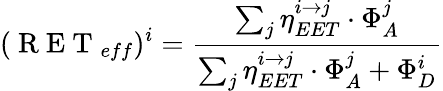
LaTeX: (\mathrm{~R~E~T~}_{eff})^{i}=\frac{\sum_{j}\eta_{EET}^{i\to j}\cdot\Phi_{A}^{j}}{\sum_{j}\eta_{EET}^{i\to j}\cdot\Phi_{A}^{j}+\Phi_{D}^{i}}